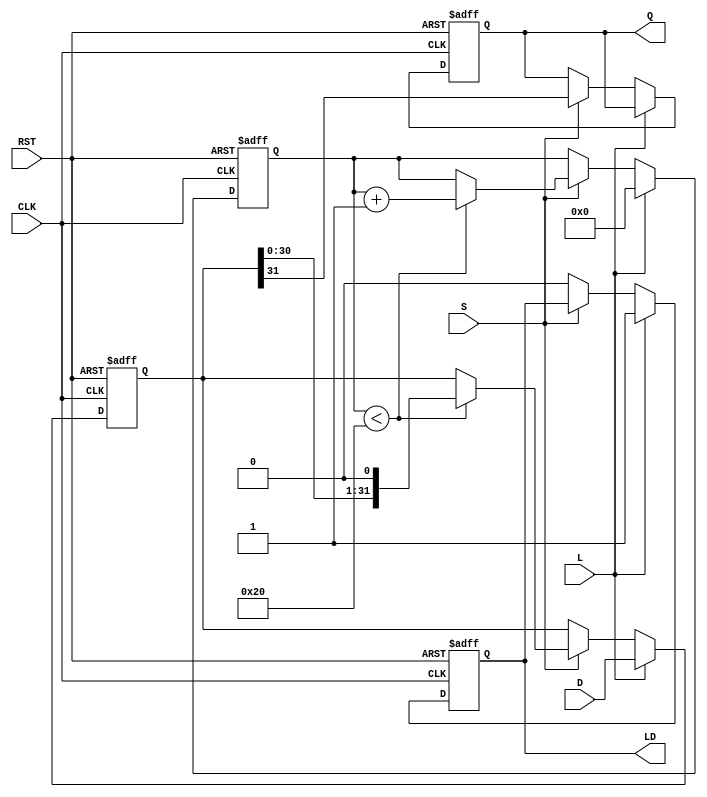
module PISO_Register (
    input wire [31:0] D,      // 32-bit parallel data input
    input wire L,             // Load control signal
    input wire S,             // Shift control signal
    input wire CLK,           // Clock input
    input wire RST,           // Asynchronous reset
    output reg Q,             // Serial output
    output reg LD             // Data Loaded status output
);

    reg [31:0] shift_reg;     // Internal shift register
    reg [5:0] count;          // Counter for shifting bits

    always @(posedge CLK or posedge RST) begin
        if (RST) begin
            // Asynchronous reset
            shift_reg <= 32'b0;
            Q <= 1'b0;
            LD <= 1'b0;
            count <= 6'b0;
        end else begin
            if (L) begin
                // Load data into the shift register
                shift_reg <= D;
                LD <= 1'b1;  // Indicate data has been loaded
                count <= 6'b0; // Reset the counter
            end else if (S) begin
                // Shift operation
                if (count < 32) begin
                    Q <= shift_reg[31]; // Output the MSB
                    shift_reg <= {shift_reg[30:0], 1'b0}; // Shift left
                    count <= count + 1; // Increment the counter
                end else begin
                    // After all bits have been shifted out
                    Q <= shift_reg[31]; // Hold the last output
                end
            end else begin
                // If neither load nor shift, hold the current state
                LD <= 1'b0; // Reset load indicator if not loading
            end
        end
    end

endmodule